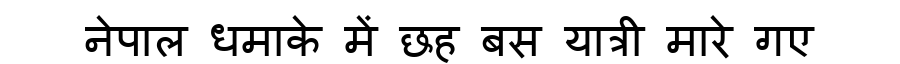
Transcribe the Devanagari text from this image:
नेपाल धमाके में छह बस यात्री मारे गए